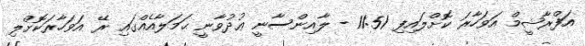
އަފްރާޝީމް އަވަހާރަ ކޮށްލައިފި 11:51 - ލާއިންސާނީ ޢުދުވާނީ ޙަމަލާއެއްގައި ރޭ އަވަހާރަކޮށްލި